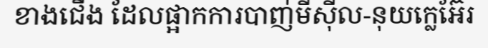
ខាងជើង ដែលផ្អាកការបាញ់មីស៊ីល-នុយក្លេអ៊ែរ